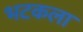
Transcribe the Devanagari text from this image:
भटकला